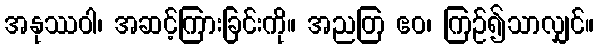
အနုဿဝါ၊ အဆင့်ကြားခြင်းကို။ အညတြ ဧဝ၊ ကြဉ်၍သာလျှင်။